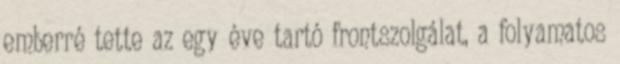
emberré tette az egy éve tartó frontszolgálat, a folyamatos